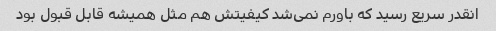
انقدر سریع رسید که باورم نمی‌شد کیفیتش هم مثل همیشه قابل قبول بود